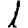
Digit: 1